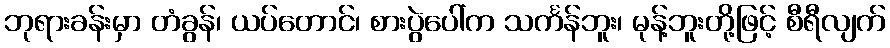
ဘုရားခန်းမှာ တံခွန်၊ ယပ်တောင်၊ စားပွဲပေါ်က သင်္ကန်ဘူး၊ မုန့်ဘူးတို့ဖြင့် စီရီလျက်